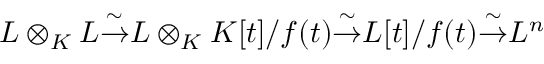
L \otimes _ { K } L { \stackrel { \sim } { \to } } L \otimes _ { K } K [ t ] / f ( t ) { \stackrel { \sim } { \to } } L [ t ] / f ( t ) { \stackrel { \sim } { \to } } L ^ { n }